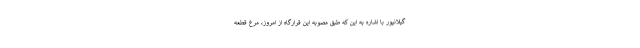
گیلانپور با اشاره به این که طبق مصوبه این قرارگاه از امروز، مرغ قطعه